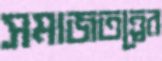
সমাজতত্ত্বের